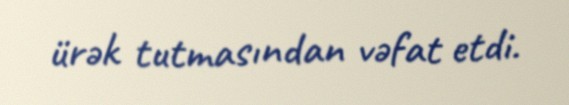
ürək tutmasından vəfat etdi.